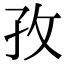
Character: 孜